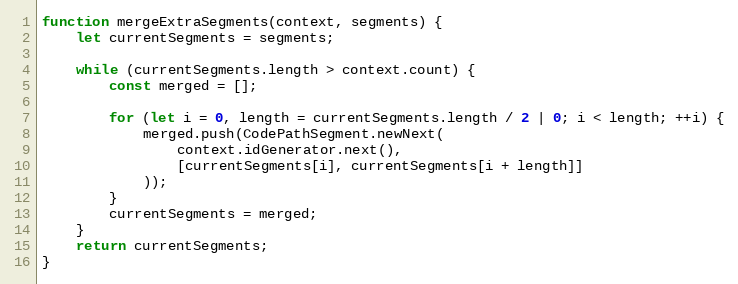
Language: JavaScript
function mergeExtraSegments(context, segments) {
    let currentSegments = segments;

    while (currentSegments.length > context.count) {
        const merged = [];

        for (let i = 0, length = currentSegments.length / 2 | 0; i < length; ++i) {
            merged.push(CodePathSegment.newNext(
                context.idGenerator.next(),
                [currentSegments[i], currentSegments[i + length]]
            ));
        }
        currentSegments = merged;
    }
    return currentSegments;
}